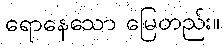
ရောနေသော မြေတည်း။